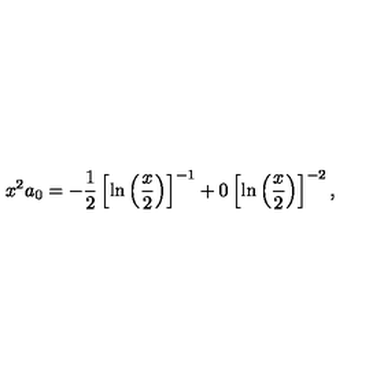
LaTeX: x ^ { 2 } a _ { 0 } = - \displaystyle \frac { 1 } { 2 } \left[ \ln \left( \displaystyle \frac { x } { 2 } \right) \right] ^ { - 1 } + 0 \left[ \ln \left( \displaystyle \frac { x } { 2 } \right) \right] ^ { - 2 } ,